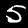
Label: 5